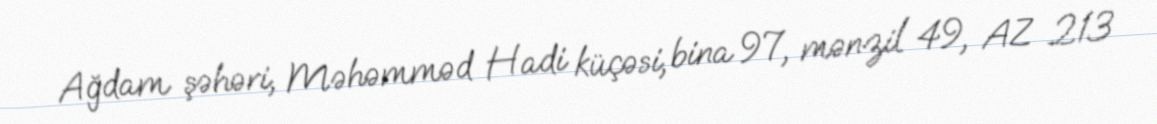
Ağdam şəhəri, Məhəmməd Hadi küçəsi, bina 97, mənzil 49, AZ 213